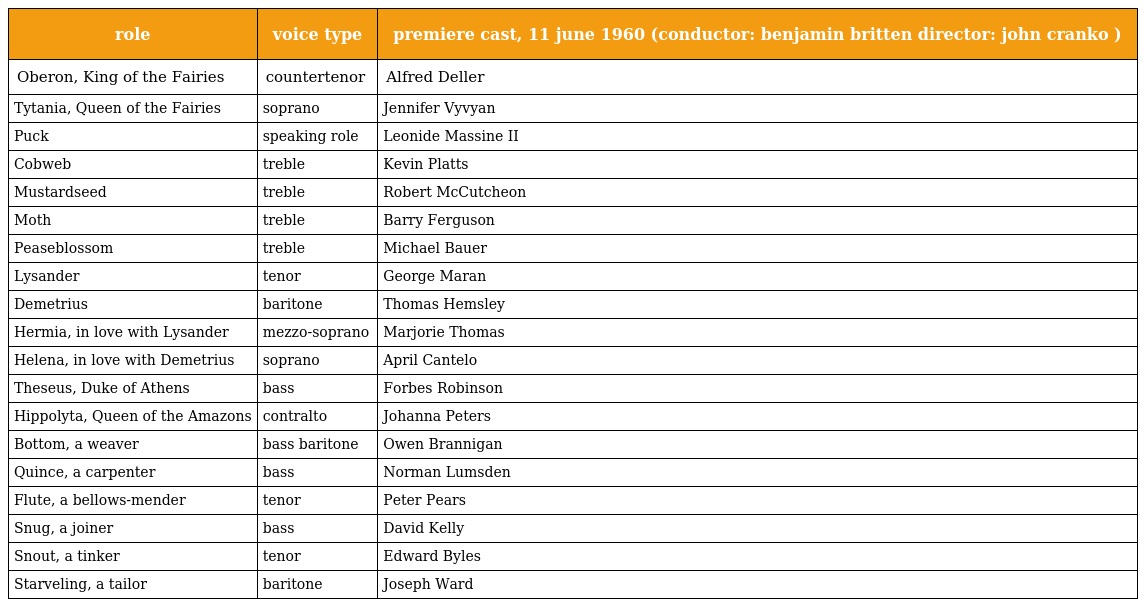
| role | voice type | premiere cast, 11 june 1960 (conductor: benjamin britten director: john cranko ) |
 | --- | --- | --- |
 | Oberon, King of the Fairies | countertenor | Alfred Deller |
 | Tytania, Queen of the Fairies | soprano | Jennifer Vyvyan |
 | Puck | speaking role | Leonide Massine II |
 | Cobweb | treble | Kevin Platts |
 | Mustardseed | treble | Robert McCutcheon |
 | Moth | treble | Barry Ferguson |
 | Peaseblossom | treble | Michael Bauer |
 | Lysander | tenor | George Maran |
 | Demetrius | baritone | Thomas Hemsley |
 | Hermia, in love with Lysander | mezzo-soprano | Marjorie Thomas |
 | Helena, in love with Demetrius | soprano | April Cantelo |
 | Theseus, Duke of Athens | bass | Forbes Robinson |
 | Hippolyta, Queen of the Amazons | contralto | Johanna Peters |
 | Bottom, a weaver | bass baritone | Owen Brannigan |
 | Quince, a carpenter | bass | Norman Lumsden |
 | Flute, a bellows-mender | tenor | Peter Pears |
 | Snug, a joiner | bass | David Kelly |
 | Snout, a tinker | tenor | Edward Byles |
 | Starveling, a tailor | baritone | Joseph Ward |